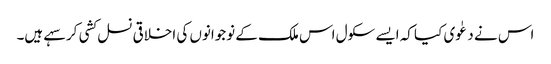
اس نے دعٰوی کیا کہ ایسے سکول اس ملک کے نوجوانوں کی اخلاقی نسل کشی کر سہے ہیں۔